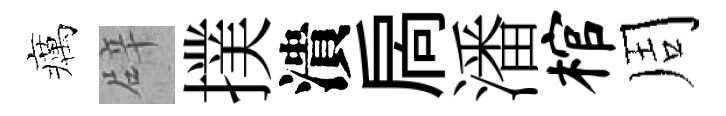
癘辟撲潰扄潘棺周